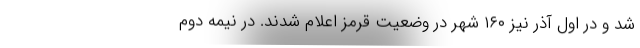
شد و در اول آذر نیز ۱۶۰ شهر در وضعیت قرمز اعلام شدند. در نیمه دوم